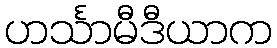
ဟင်္သာမီဒီယာက